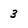
Character: 3